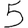
Digit: 5